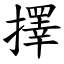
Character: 擇